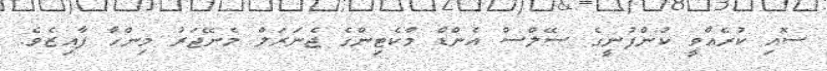
ސޮއި ކުރެއްވީ ކުންފުނީގެ ސޭލްސް އެންޑް މާކެޓިންގެ ޖެނަރަލް މެނޭޖަރު މިންހާ ފާއިޒެވެ.